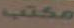
مكتب